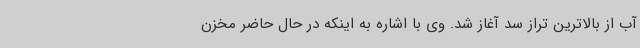
آب از بالاترین تراز سد آغاز شد. وی با اشاره به اینکه در حال حاضر مخزن